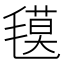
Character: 氁